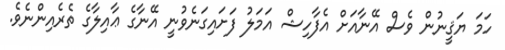
ހަމަ ޔަޤީނުން ވެސް އޭނާއަށް އެފާހިޝް އަމަލު ފަށައިގަނެވުނީ އޭނާގެ ޢާއިލާގެ ތެރެއިންނެވެ.